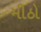
મીઠો